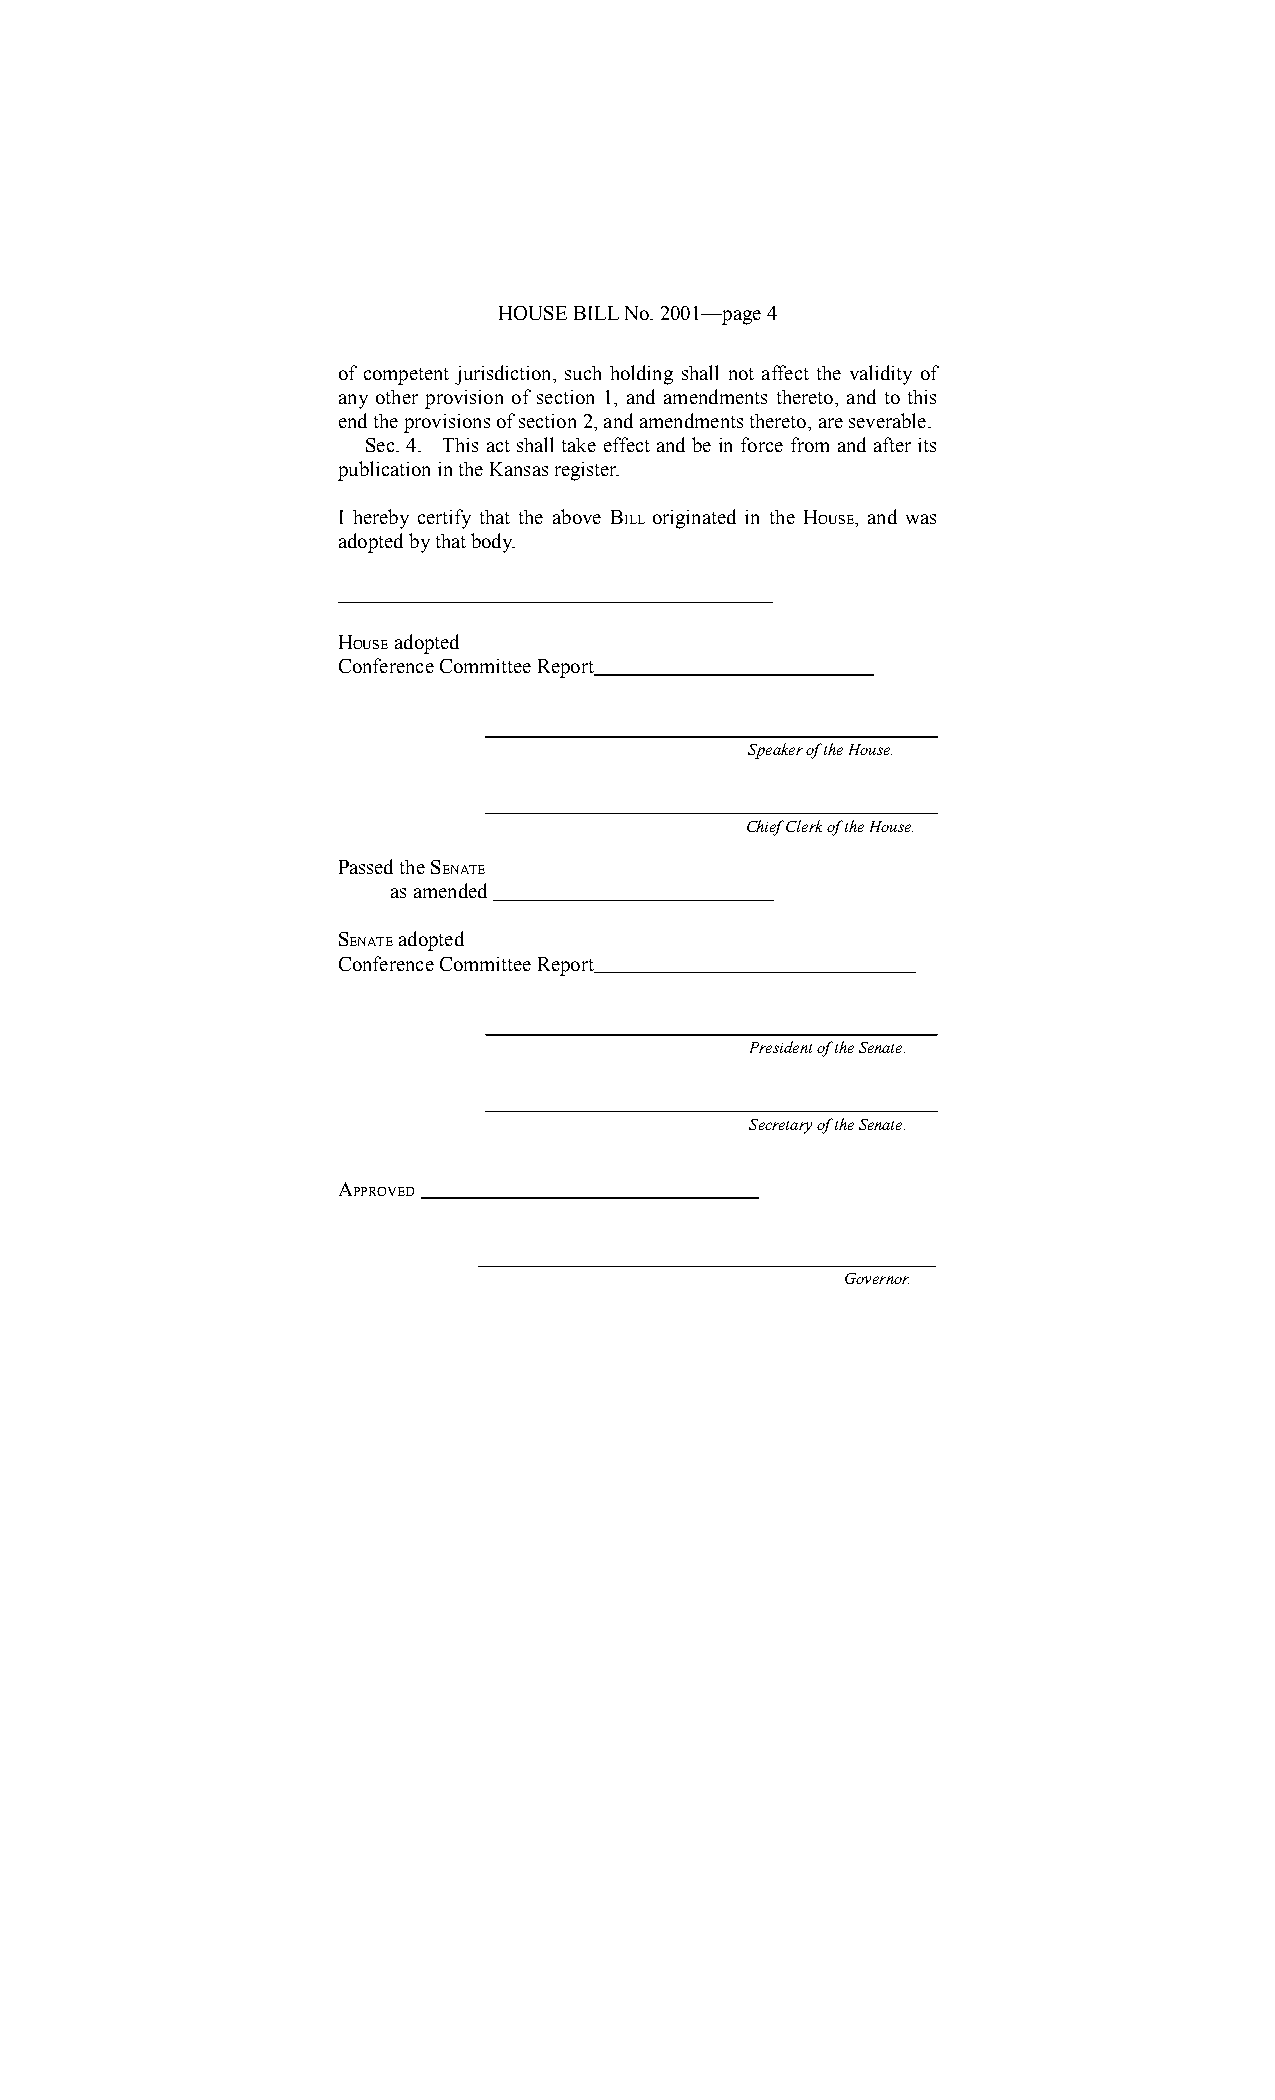
HOUSE BILL No. 2001—page 4
 of competent jurisdiction, such holding shall not affect the validity of
 any other provision of section 1, and amendments thereto, and to this
 end the provisions of section 2, and amendments thereto, are severable.
 Sec. 4. This act shall take effect and be in force from and after its
 publication in the Kansas register.
 I hereby certify that the above BILL originated in the HOUSE, and was
 adopted by that body.
 HOUSE adopted
 Conference Committee Report
 Speaker of the House.
 Chief Clerk of the House.
 Passed the SENATE
 as amended
 SENATE adopted
 Conference Committee Report
 President of the Senate.
 Secretary of the Senate.
 APPROVED
 Governor.